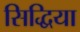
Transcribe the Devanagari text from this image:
सिद्धिया